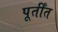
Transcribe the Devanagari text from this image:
पूर्तींत